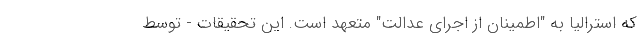
که استرالیا به "اطمینان از اجرای عدالت" متعهد است. این تحقیقات - توسط